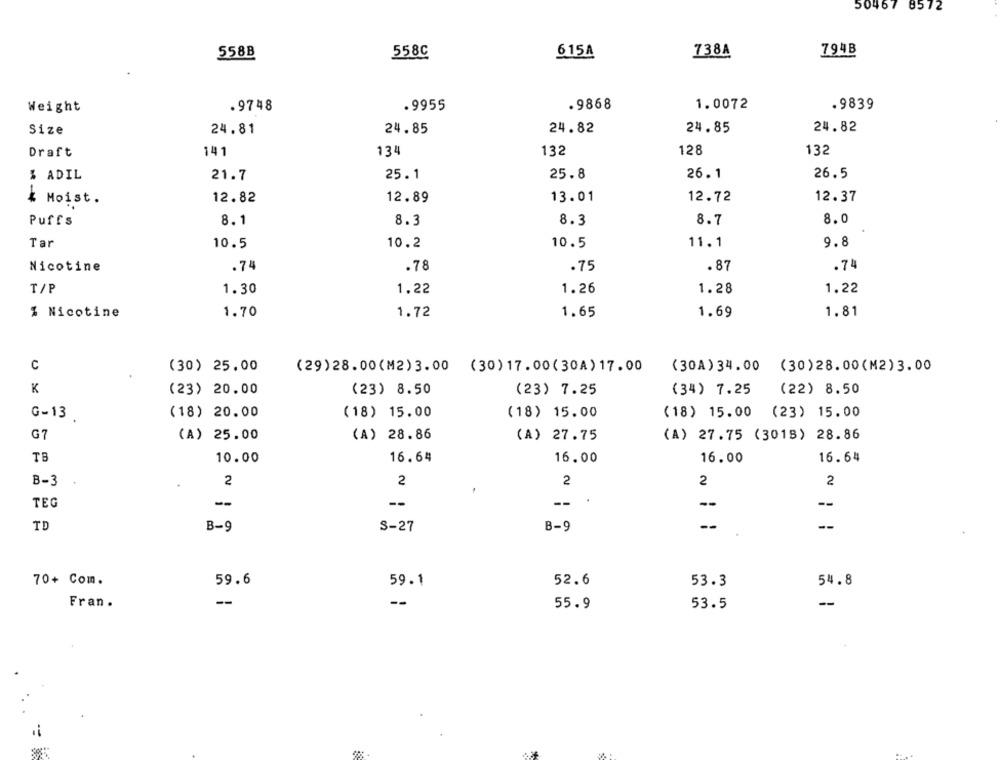
50467 8572
558B
558C
738A
794B
615A
.9748
.9955
.9868
1.0072
.9839
Weight
24.81
24.85
24.82
24.85
24.82
Size
Draft
141
134
132
128
132
21.7
25.1
25.8
26.1
26.5
% ADIL
13.01
12.72
12.37
4 Moist.
12.82
12.89
8.1
8.3
8.3
8.7
8.0
Puffs
Tar
10.2
10.5
11.1
9.8
10.5
.74
.78
.75
.87
.74
Nicotine
T/P
1.30
1.26
1.28
1.22
1.22
1.70
1.81
% Nicotine
1.72
1.65
1.69
C
(30) 25.00
(29)28.00(M2)3.00 (30) 17.00( 30A) 17.00
(30A) 34.00
(30)28.00(M2) 3.00
K
(23) 20.00
(23) 8.50
(23) 7.25
(34) 7.25
(22) 8.50
G -13
(18) 20.00
(18) 15.00
(18) 15.00
(18) 15.00
(23) 15.00
G7
(A) 25.00
(A) 28.86
(A) 27.75
(A) 27.75 (3018) 28.86
TB
10.00
16.64
16.00
16.00
16.64
2
2
B-3
2
2
2
-
--
TEG
--
--
TD
B-9
S-27
B-9
70+ Com.
59.6
59.1
52.6
53.3
54.8
--
Fran .
--
55.9
53.5